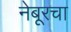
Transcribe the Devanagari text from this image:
नेबूरचा